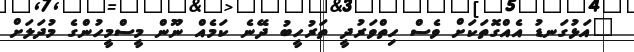
"އަޅުގަނޑު އެއްގޮތަަކަށް ވެސް ހިތްވަރުދީ ތަރުހީބު ދޭނެ ކަމެއް ނޫން މީސްމީހުންގެ މުދަލަށް